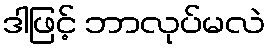
ဒါဖြင့် ဘာလုပ်မလဲ